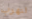
لنهرب